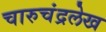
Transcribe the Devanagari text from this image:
चारुचंद्रलेख